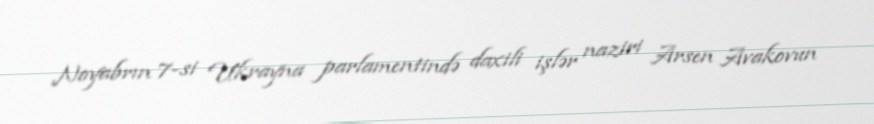
Noyabrın 7-si Ukrayna parlamentində daxili işlər naziri Arsen Avakovun